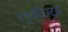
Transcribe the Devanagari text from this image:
एड्वेंटिस्टस